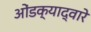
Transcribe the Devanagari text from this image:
ओंडक्याद्वारे